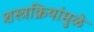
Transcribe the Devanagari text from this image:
शस्त्रक्रियांमुळे